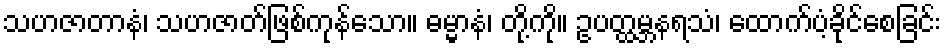
သဟဇာတာနံ၊ သဟဇာတ်ဖြစ်ကုန်သော။ ဓမ္မာနံ၊ တို့ကို။ ဥပတ္ထမ္ဘနရသံ၊ ထောက်ပံ့ခိုင်စေခြင်း